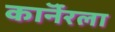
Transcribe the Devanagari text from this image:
काॅर्नरला